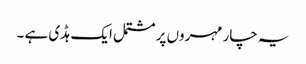
یہ چار مہروں پر مشتمل ایک ہڈی ہے ۔